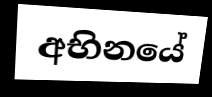
අභිනයේ